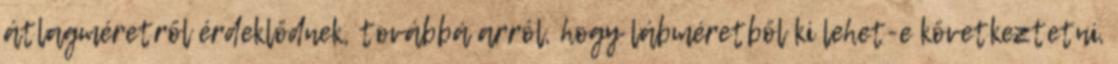
átlagméretről érdeklődnek, továbbá arról, hogy lábméretből ki lehet-e következtetni,